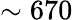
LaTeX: \sim 670